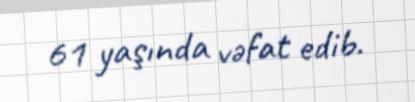
61 yaşında vəfat edib.